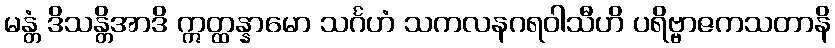
မန္တံ ဒိသန္တိအာဒိ ဣတ္ထန္နာမော သင်္ဂဟံ သကလနဂရဝါသီဟိ ပရိဗ္ဗာဇကသတာနိ